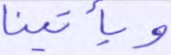
ويأتينا